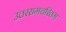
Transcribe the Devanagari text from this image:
उत्तररामचरितम